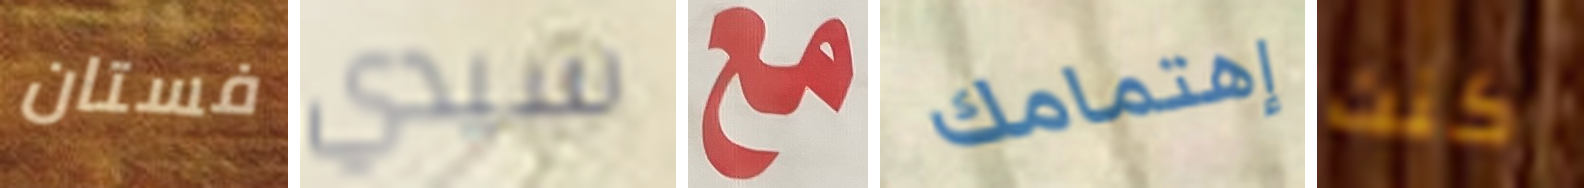
فستان سيدي مع إهتمامك كنت